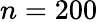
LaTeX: n=200